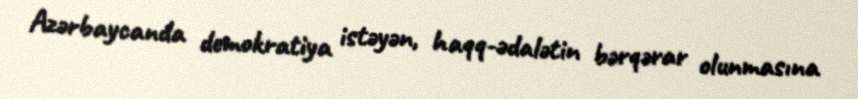
Azərbaycanda demokratiya istəyən, haqq-ədalətin bərqərar olunmasına